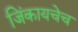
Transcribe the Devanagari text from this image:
जिंकायचेच